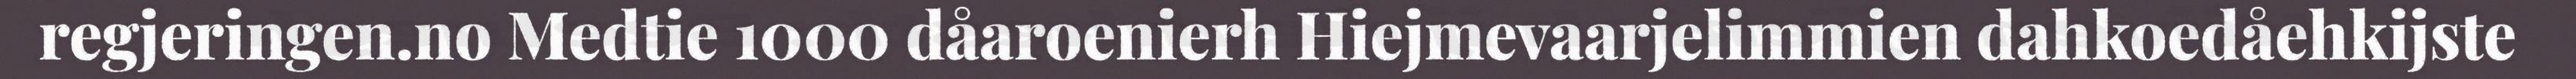
regjeringen.no Medtie 1000 dåaroenierh Hiejmevaarjelimmien dahkoedåehkijste